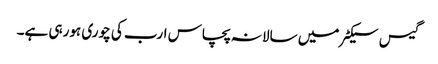
گیس سیکٹر میں سالانہ پچاس ارب کی چوری ہورہی ہے۔